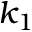
k _ { 1 }